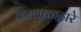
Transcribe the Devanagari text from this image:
कालकाद्वारे